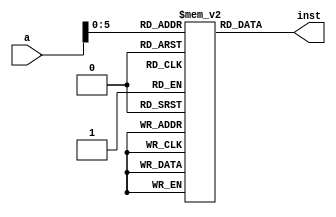
module imem_old(
	input [63:0] a,
	output [63:0] inst
    );


	reg [63:0] instructions [63:0];   
//array of size 32 containing 64 bit integers

	initial begin 
		instructions[0] <= 64'b0000000000000000000000000000010000000000000001100000000100000000;
		instructions[1] <= 64'b0000000000000000000000000110000000011000000001100001000000000000;
		instructions[2] <= 64'b0000000000000000000000000000010000000000000000000000000100100001;
		instructions[3] <= 64'b0000000000000000000000000000000100000000000001100010000100000000;
		instructions[4] <= 64'b0000000000000000000000000000001000000000000001100011000100000000;
	end


	assign inst = instructions[a];
    
endmodule

module imem_mut(
	input [31:0] a2,
	input [63:0] wd2,
	input we,
	
	input [31:0] a,
	output [63:0] inst
    );


	reg [63:0] instructions [63:0];   
//array of size 64 containing 64 bit integers


    always @(posedge we) begin
        instructions[a2] <= wd2;
    end

	assign inst = instructions[a];
    
endmodule